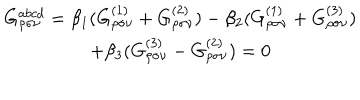
\begin{array} { c } { { G _ { \rho \sigma \nu } ^ { a b c d } = \beta _ { 1 } ( G _ { \rho \sigma \nu } ^ { ( 1 ) } + G _ { \rho \sigma \nu } ^ { ( 2 ) } ) - \beta _ { 2 } ( G _ { \rho \sigma \nu } ^ { ( 1 ) } + G _ { \rho \sigma \nu } ^ { ( 3 ) } ) } } \\ { { + \beta _ { 3 } ( G _ { \rho \sigma \nu } ^ { ( 3 ) } - G _ { \rho \sigma \nu } ^ { ( 2 ) } ) = 0 } } \\ \end{array}